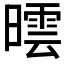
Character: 𣊯